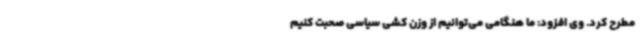
مطرح کرد. وی افزود: ما هنگامی می‌توانیم از وزن کشی سیاسی صحبت کنیم